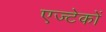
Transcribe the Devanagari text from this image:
एज्टेकों